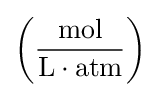
\left({\frac {\text{mol}}{{\text{L}}\cdot {\text{atm}}}}\right)